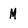
Character: M